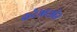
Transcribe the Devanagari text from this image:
करेंआओर